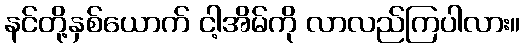
နင်တို့နှစ်ယောက် ငါ့အိမ်ကို လာလည်ကြပါလား။